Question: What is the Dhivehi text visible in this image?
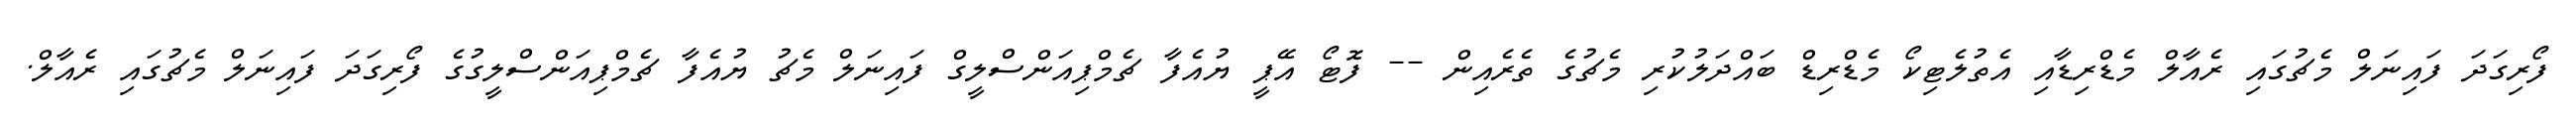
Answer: ފޯރިގަދަ ފައިނަލް މެޗުގައި ރެއާލް މެޑްރިޑާއި އެތުލެޓިކޯ މެޑްރިޑް ބައްދަލުކުރި މެޗުގެ ތެރެއިން -- ފޮޓޯ އޭޕީ ޔުއެފާ ޗެމްޕިއަންސްލީގް ފައިނަލް މެޗު ޔުއެފާ ޗެމްޕިއަންސްލީގުގެ ފޯރިގަދަ ފައިނަލް މެޗުގައި ރެއާލް.